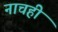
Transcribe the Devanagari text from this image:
नाचही